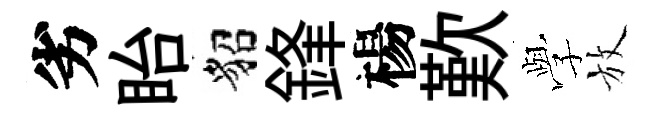
劣眙貂鋒楊歎𫝯放